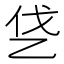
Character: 𰀿